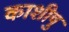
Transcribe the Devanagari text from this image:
काशीषु